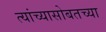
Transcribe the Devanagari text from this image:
त्यांच्यासोबतच्या